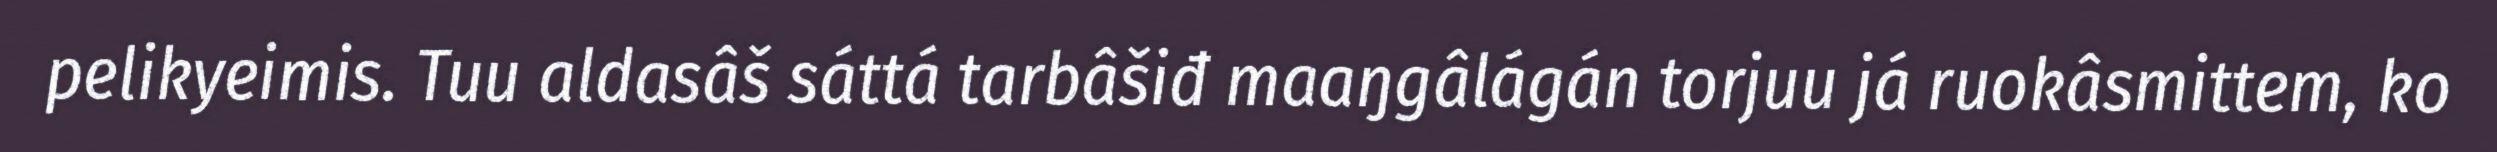
pelikyeimis. Tuu aldasâš sáttá tarbâšiđ maaŋgâlágán torjuu já ruokâsmittem, ko